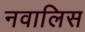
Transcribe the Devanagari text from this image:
नवालिस